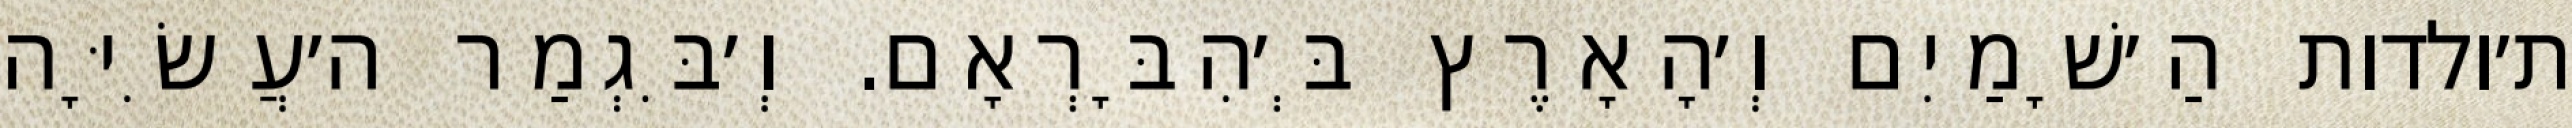
ת׳ולדות הַ׳שָׁמַיִם וְ׳הָאָרֶץ בְּ׳הִבָּרְאָם. וְ׳בִּגְמַר ה׳עֲשִׂיָּה